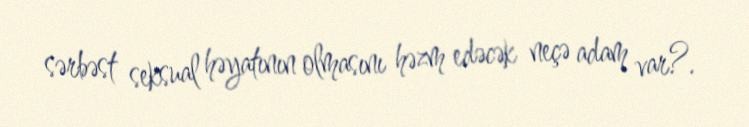
sərbəst seksual həyatının olmasını həzm edəcək neçə adam var?.